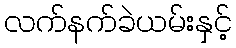
လက်နက်ခဲယမ်းနှင့်